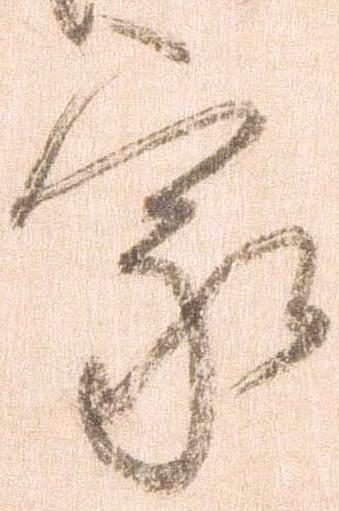
家